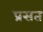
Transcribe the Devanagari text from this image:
प्रसत